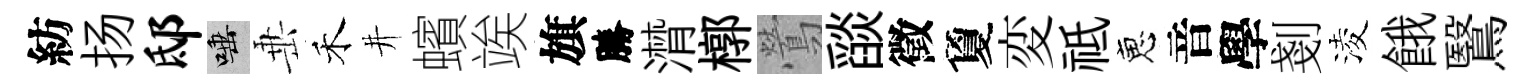
紡扬邸唾𡸁禾井蠙竢旗勝潸槨鶯𦦨徵夐変祗恵音學剗淩餓鷖